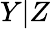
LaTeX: Y|Z